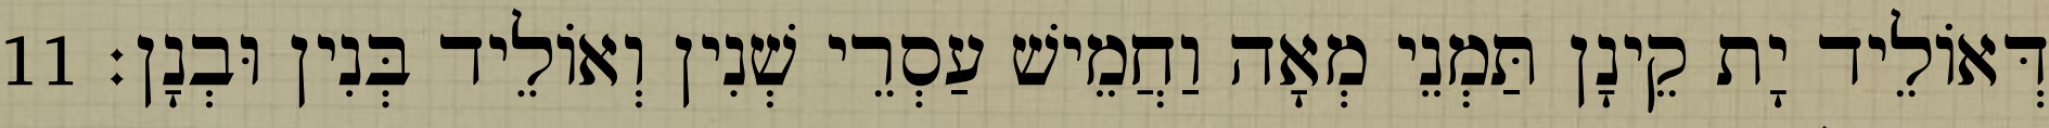
דְּאוֹלֵיד יָת קֵינָן תַּמְנֵי מְאָה וַחֲמֵישׁ עַסְרֵי שְׁנִין וְאוֹלֵיד בְּנִין וּבְנָן׃ 11